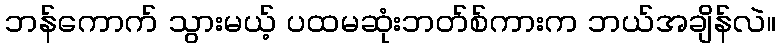
ဘန်ကောက် သွားမယ့် ပထမဆုံးဘတ်စ်ကားက ဘယ်အချိန်လဲ။